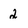
Character: 2